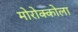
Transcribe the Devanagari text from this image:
मोरोक्कोला